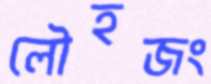
লৌহজং